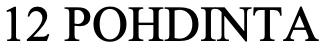
12 POHDINTA